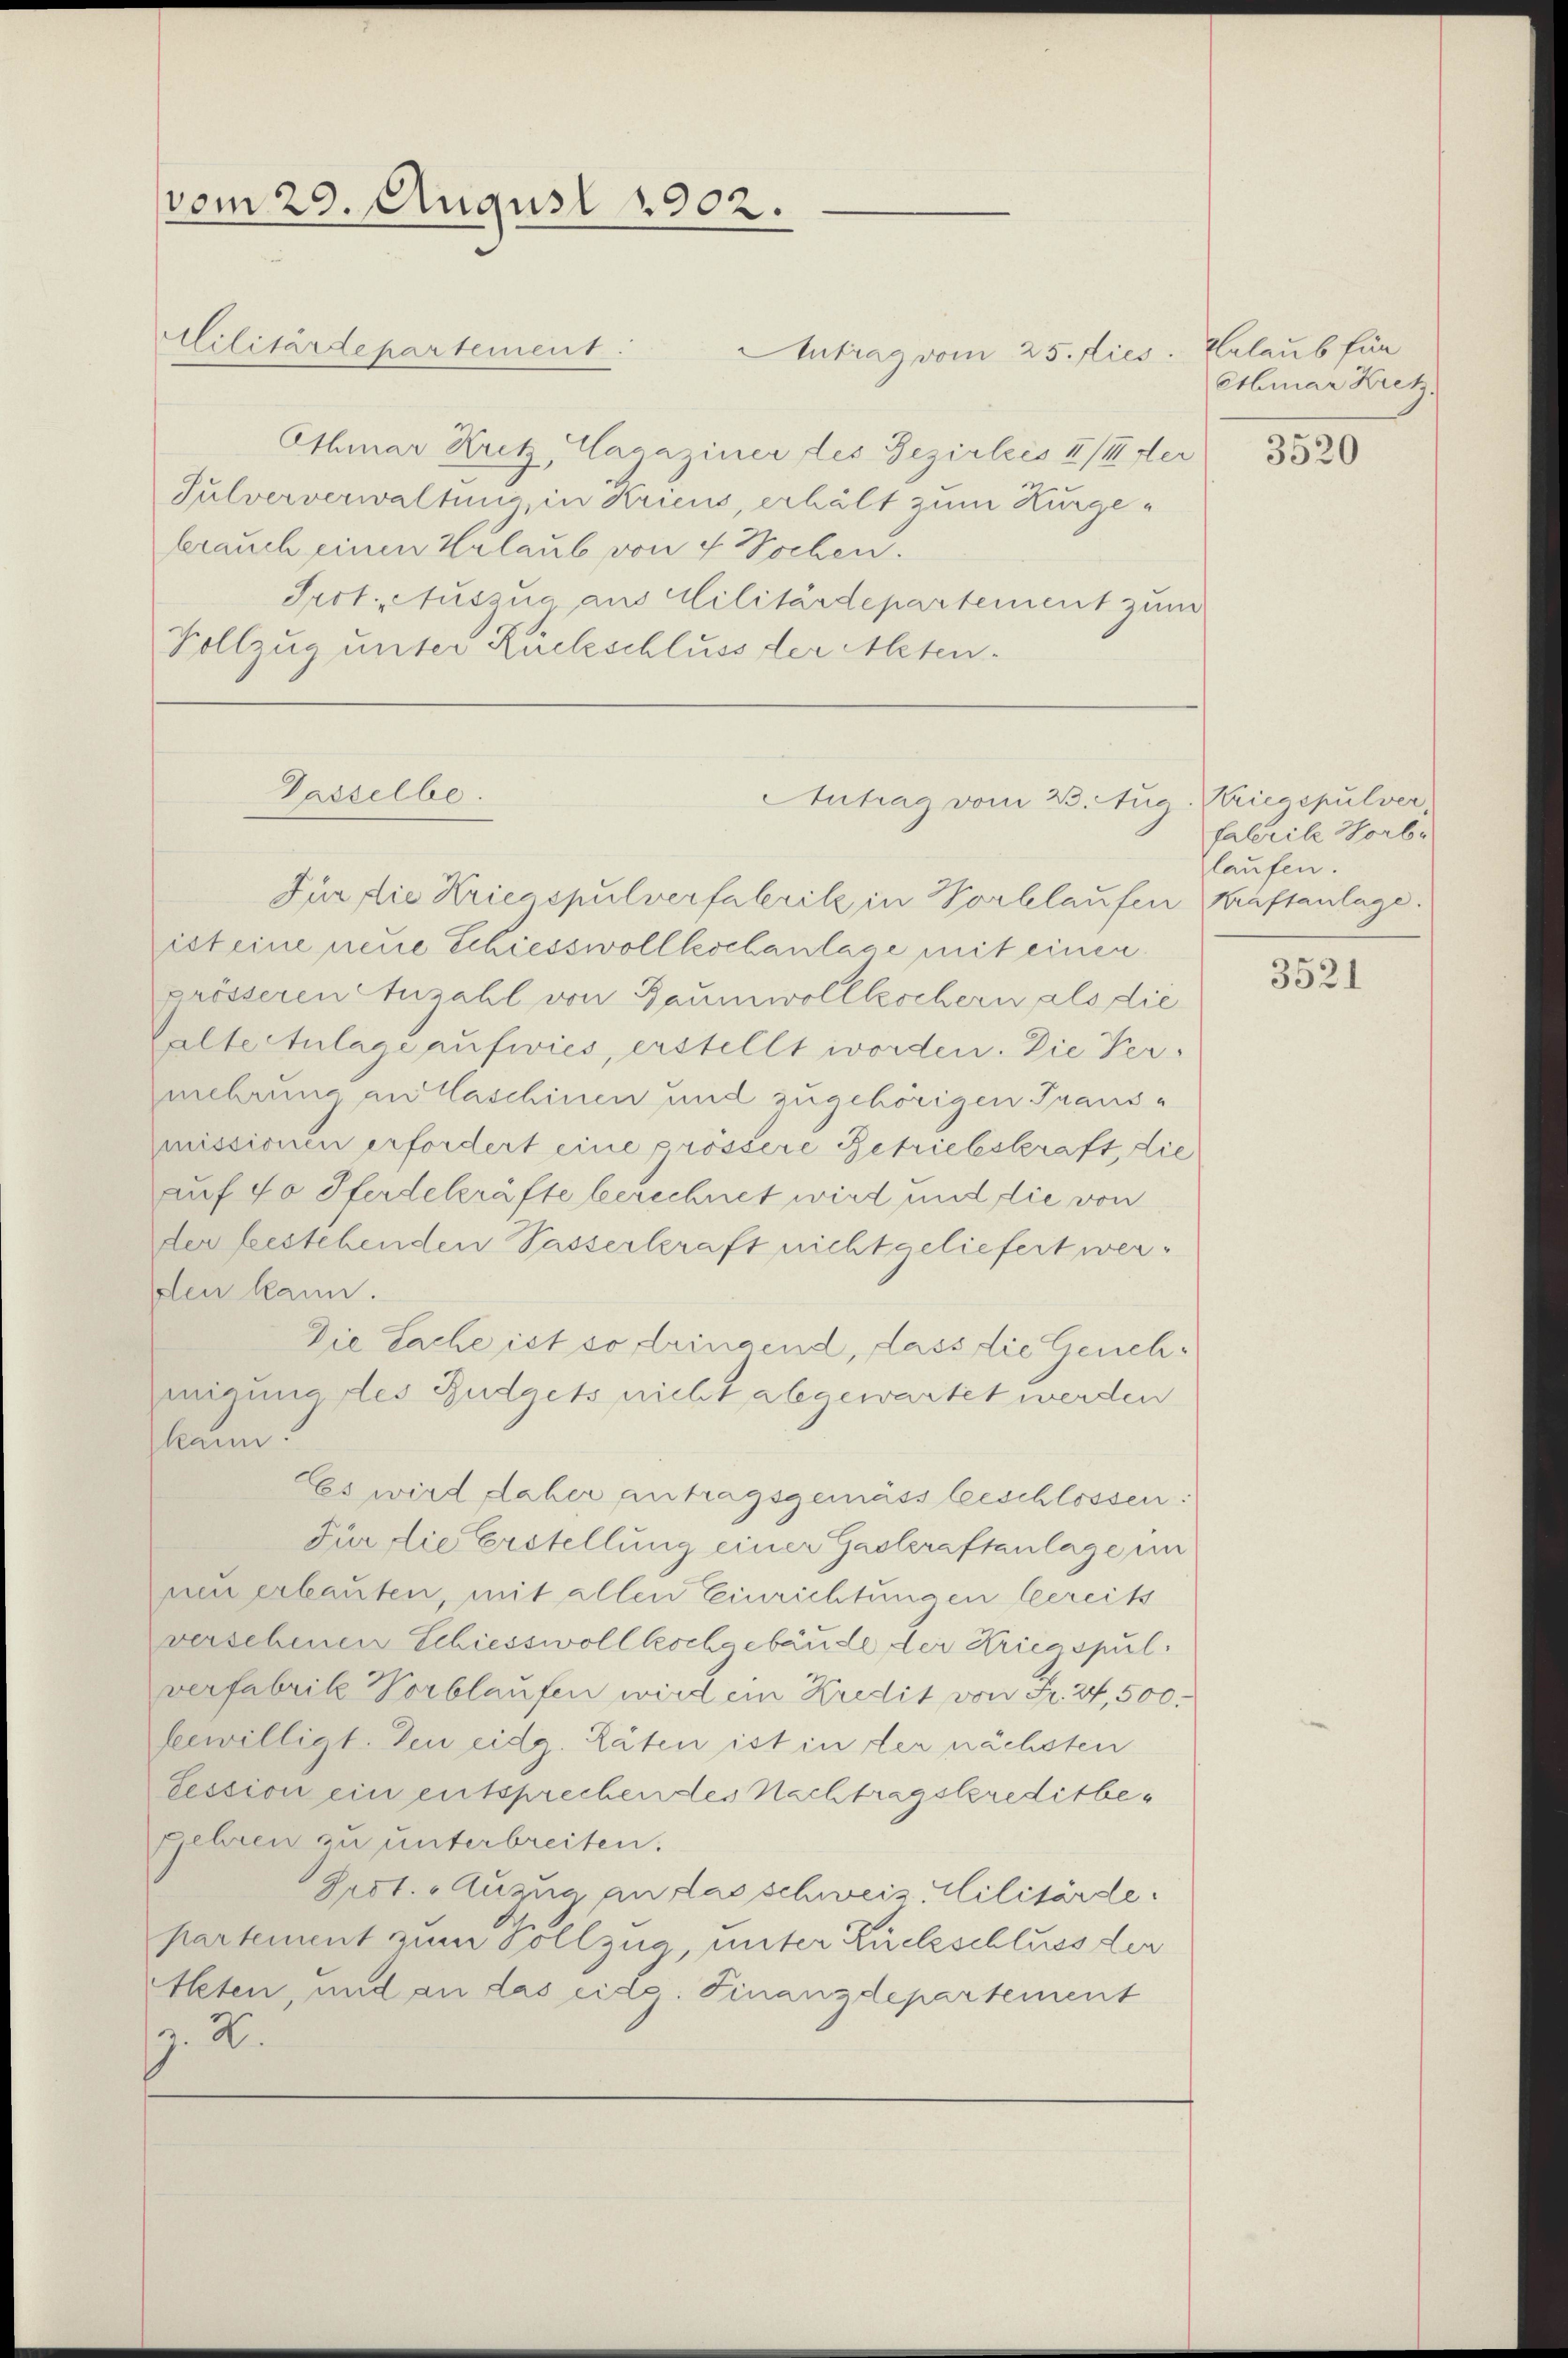
vom 29. August 1902.

Antrag vom 25. dies
Athmar Kretz, Hagainer des Bezirleis III der
Sulververwaltung in Kriens, erhält zum Kurgebrauch einen Urlaub von 4 Wochen.
Prot. Auszug aus Militärdepartement zum
Vollzug unter Rückschluss der Alten¬

Militärdepartement.

Dasselbe.

Für die Kriegspulverfabrik in Vorlaufen Kräftanlage.
ist eine neue Schiessvollkochanlage mit einen
grösseren Anzahl von Baumwollkochern als die
Halte Anlage aufwies, erstellt worden. Die Ver-
mehrung an Caschinen und zugehörigen Transmissionen erfordert eine grössere Betriebeskraft, die
auf 40 Pferdekräfte berechnet wird und die von
der bestehenden Passerkraft nicht geliefert werden kann.
Die Sache ist so dringend, dass die Genehmigung des Budgets nicht abgewartet werden
kann
Es wird daher antragsgemäss beschlossen:
Für die Erstellung einer Gaskraftanlage ein
neu erlauten, mit allen Einrichtungen bereits
versehenen Schiessvollkochgebäude der Krica spul:
verfabrik Vorblaufen wird ein Kredit von Fr. 24, 500.
bewilligt. Den eidg. Räten ist in der nächsten
Session ein entsprechen des Nachtragskreditbegehren zu unterbreiten.
Ject. Anzug an das schweiz. Militärde.
partement zum Vollzug, unter Rückschluss der
Aleten, und an das eidg. Finanzdepartement
z. R.

Autrag vom 23. Aug. Kriegspulver,

Belaub für
Etbruar Kretz.

3520

falrile Horbe
laufen.

3521